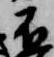
不